Report of the Indian Hemp Drugs Commission, 1894-1895 - Volume VIII
Year: 1894
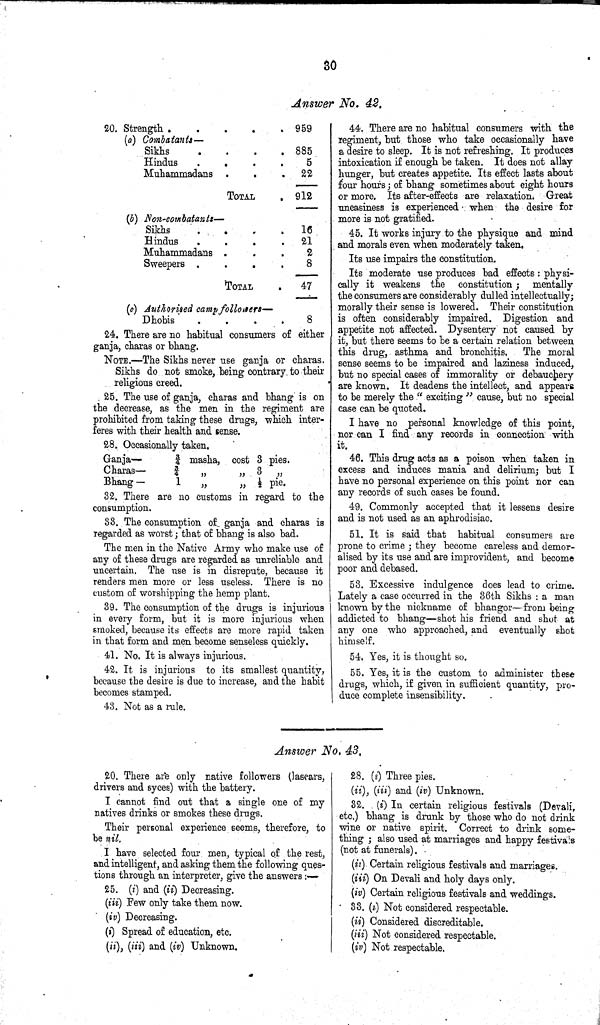
30
Answer No. 42.
20. Strength
959
(a) Combatants—
885
Sikhs
Hindus
5
Muhammadans
22
TOTAL
912
(5) Non-combatants—
Sikhs
16
Hindus
21
Muhammadans
2
Sweepers
8
TOTAL
47
(c) Authorised camp followers—
Dhobis
8
24. There are no habitual consumers of either
ganja, charas or bhang.
NOTE.—The Sikhs never use ganja or charas.
Sikhs do not smoke, being contrary, to their
religious creed.
25. The use of ganja, charas and bhang is on
the decrease, as the men in the regiment are
prohibited from taking these drugs, which inter-
feres with their health and sense.
28. Occasionally taken.
Ganja— 3/4 masha, cost 3 pies.
Charas—
3/4
„
„ 3 „
Bhang—
1
„
„ 1/2 pie.
32. There are no customs in regard to the
consumption.
33. The consumption of ganja and charas is
regarded as worst; that of bhang is also bad.
The men in the Native Army who make use of
any of these drugs are regarded as unreliable and
uncertain. The use is in disrepute, because it
renders men more or less useless. There is no
custom of worshipping the hemp plant.
39. The consumption of the drugs is injurious
in every form, but it is more injurious when
smoked, because its effects are more rapid taken
in that form and men become senseless quickly.
41. No. It is always injurious.
42. It is injurious to its smallest quantity,
because the desire is due to increase, and the habit
becomes stamped.
43. Not as a rule.
44. There are no habitual consumers with the
regiment, but those who take occasionally have
a desire to sleep. It is not refreshing. It produces
intoxication if enough be taken. It does not allay
hunger, but creates appetite. Its effect lasts about
four hours; of bhang sometimes about eight hours
or more. Its after-effects are relaxation. Great
uneasiness is experienced when the desire for
more is not gratified.
45. It works injury to the physique and mind
and morals even when moderately taken.
Its use impairs the constitution.
Its moderate use produces bad effects: physi-
cally it weakens the constitution; mentally
the consumers are considerably dulled intellectually;
morally their sense is lowered. Their constitution
is often considerably impaired. Digestion and
appetite not affected. Dysentery not caused by
it, but there seems to be a certain relation between
this drug, asthma and bronchitis. The moral
sense seems to be impaired and laziness induced,
but no special cases of immorality or debauchery
are known. It deadens the intellect, and appears
to be merely the "exciting" cause, but no special
case can be quoted.
I have no personal knowledge of this point,
nor can I find any records in connection with
it.
46. This drug acts as a poison when taken in
excess and induces mania and delirium; but I
have no personal experience on this point nor can
any records of such cases be found.
49. Commonly accepted that it lessens desire
and is not used as an aphrodisiac.
51. It is said that habitual consumers are
prone to crime; they become careless and demor-
alised by its use and are improvident, and become
poor and debased.
53. Excessive indulgence does lead to crime.
Lately a case occurred in the 36th Sikhs: a man
known by the nickname of bhangor—from being
addicted to bhang—shot his friend and shot at
any one who approached, and eventually shot
himself.
54. Yes, it is thought so.
55. Yes, it is the custom to administer these
drugs, which, if given in sufficient quantity, pro-
duce complete insensibility.
Answer No. 43.
20. There are only native followers (lascars,
drivers and syees) with the battery.
I cannot find out that a single one of my
natives drinks or smokes these drugs.
Their personal experience seems, therefore, to
be nil.
I have selected four men, typical of the rest,
and intelligent, and asking them the following ques-
tions through an interpreter, give the answers:—
25. (i) and (ii) Decreasing.
(iii) Few only take them now.
(iv) Decreasing.
(i) Spread of education, etc.
(ii), (iii) and (iv) Unknown.
28. (i) Three pies.
(ii), (iii) and (iv) Unknown.
32. (i) In certain religious festivals (Devali,
etc.) bhang is drunk by those who do not drink
wine or native spirit. Correct to drink some-
thing; also used at marriages and happy festivals
(not at funerals).
(i) Certain religious festivals and marriages.
(iii) On Devali and holy days only.
(iv) Certain religious festivals and weddings.
33. (i) Not considered respectable.
(ii) Considered discreditable.
(iii) Not considered respectable.
(iv) Not respectable.